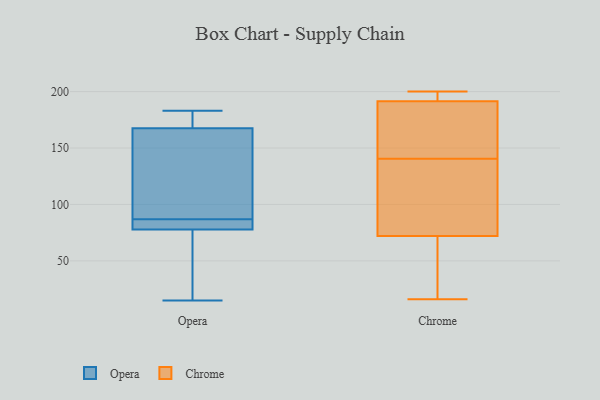
{"axis": {"x": "Active Users", "y": "Value"}, "legend": ["Chrome", "Opera"], "data": [{"x": "", "y": 95, "type": "Opera"}, {"x": "", "y": 136, "type": "Opera"}, {"x": "", "y": 47, "type": "Opera"}, {"x": "", "y": 15, "type": "Opera"}, {"x": "", "y": 181, "type": "Opera"}, {"x": "", "y": 164, "type": "Opera"}, {"x": "", "y": 78, "type": "Opera"}, {"x": "", "y": 178, "type": "Opera"}, {"x": "", "y": 15, "type": "Opera"}, {"x": "", "y": 182, "type": "Opera"}, {"x": "", "y": 183, "type": "Opera"}, {"x": "", "y": 77, "type": "Opera"}, {"x": "", "y": 87, "type": "Opera"}, {"x": "", "y": 79, "type": "Opera"}, {"x": "", "y": 79, "type": "Opera"}, {"x": "", "y": 150, "type": "Opera"}, {"x": "", "y": 81, "type": "Opera"}, {"x": "", "y": 16, "type": "Chrome"}, {"x": "", "y": 200, "type": "Chrome"}, {"x": "", "y": 192, "type": "Chrome"}, {"x": "", "y": 177, "type": "Chrome"}, {"x": "", "y": 138, "type": "Chrome"}, {"x": "", "y": 28, "type": "Chrome"}, {"x": "", "y": 191, "type": "Chrome"}, {"x": "", "y": 143, "type": "Chrome"}, {"x": "", "y": 116, "type": "Chrome"}, {"x": "", "y": 22, "type": "Chrome"}, {"x": "", "y": 197, "type": "Chrome"}, {"x": "", "y": 137, "type": "Chrome"}]}